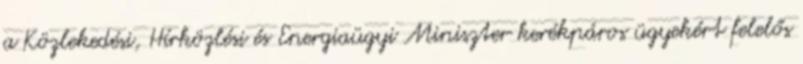
a Közlekedési, Hírközlési és Energiaügyi Miniszter kerékpáros ügyekért felelős